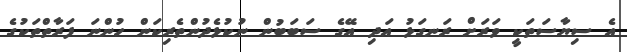
އެ ސިޔާސަތަކީ ވަރަށް ރަނގަޅު އަދި އޭގެ ސަބަބުން ނުކުޅެދުންތެރިކަން ހުންނަ ފަރާތްތަކުގެ